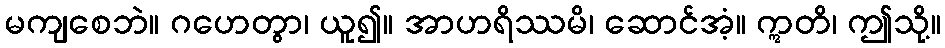
မကျစေဘဲ။ ဂဟေတွာ၊ ယူ၍။ အာဟရိဿမိ၊ ဆောင်အံ့။ ဣတိ၊ ဤသို့။